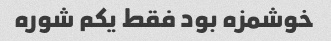
خوشمزه بود فقط یکم شوره